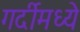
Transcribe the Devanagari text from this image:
गर्दीमध्ये